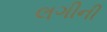
લગીની